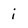
Character: i